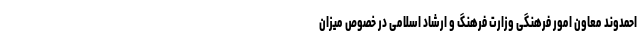
احمدوند معاون امور فرهنگی وزارت فرهنگ و ارشاد اسلامی در خصوص میزان